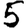
Digit: 5